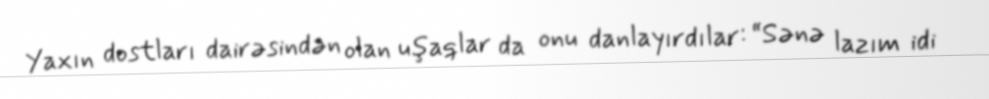
Yaxın dostları dairəsindən olan uşaqlar da onu danlayırdılar: “Sənə lazım idi